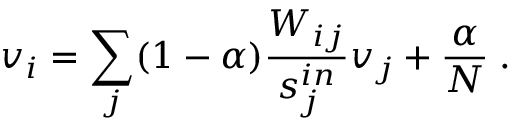
v _ { i } = \sum _ { j } ( 1 - \alpha ) \frac { W _ { i j } } { s _ { j } ^ { i n } } v _ { j } + \frac { \alpha } { N } \; .